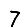
Digit: 7